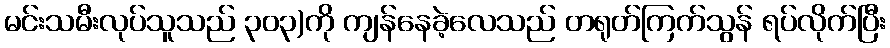
မင်းသမီးလုပ်သူသည် ၃၀၃)ကို ကျန်နေခဲ့လေသည် တရုတ်ကြက်သွန် ရပ်လိုက်ပြီး